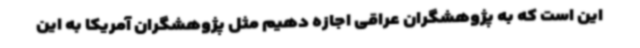
این است که به پژوهشگران عراقی اجازه دهیم مثل پژوهشگران آمریکا به این